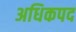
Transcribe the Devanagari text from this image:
अधिकपद